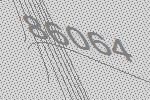
86064